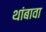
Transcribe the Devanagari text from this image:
थांबावा